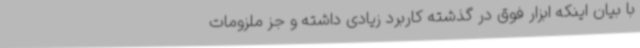
با بیان اینکه ابزار فوق در گذشته کاربرد زیادی داشته و جز ملزومات